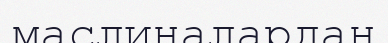
маслиналардан